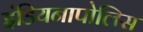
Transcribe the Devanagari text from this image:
इंडियनापोलिस